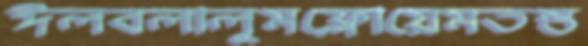
ঈলবলালুমফ্লোয়েমতন্ত